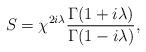
LaTeX: \begin{align*}S=\chi ^{2i\lambda }\frac {\Gamma (1+i\lambda )}{\Gamma (1-i\lambda)},\end{align*}